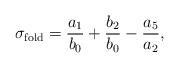
LaTeX: \begin{align*}\sigma_{\rm fold} = \frac{a_1}{b_0} + \frac{b_2}{b_0} - \frac{a_5}{a_2},\end{align*}